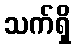
သက်ရှိ